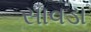
સાવડા